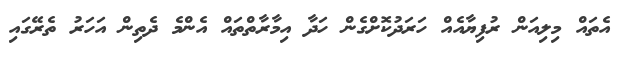
އެތައް މިލިއަން ރުފިޔާއެއް ހަރަދުކޮށްގެން ހަދާ އިމާރާތްތައް އެންމެ ދެތިން އަހަރު ތެރޭގައި